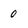
Character: 0